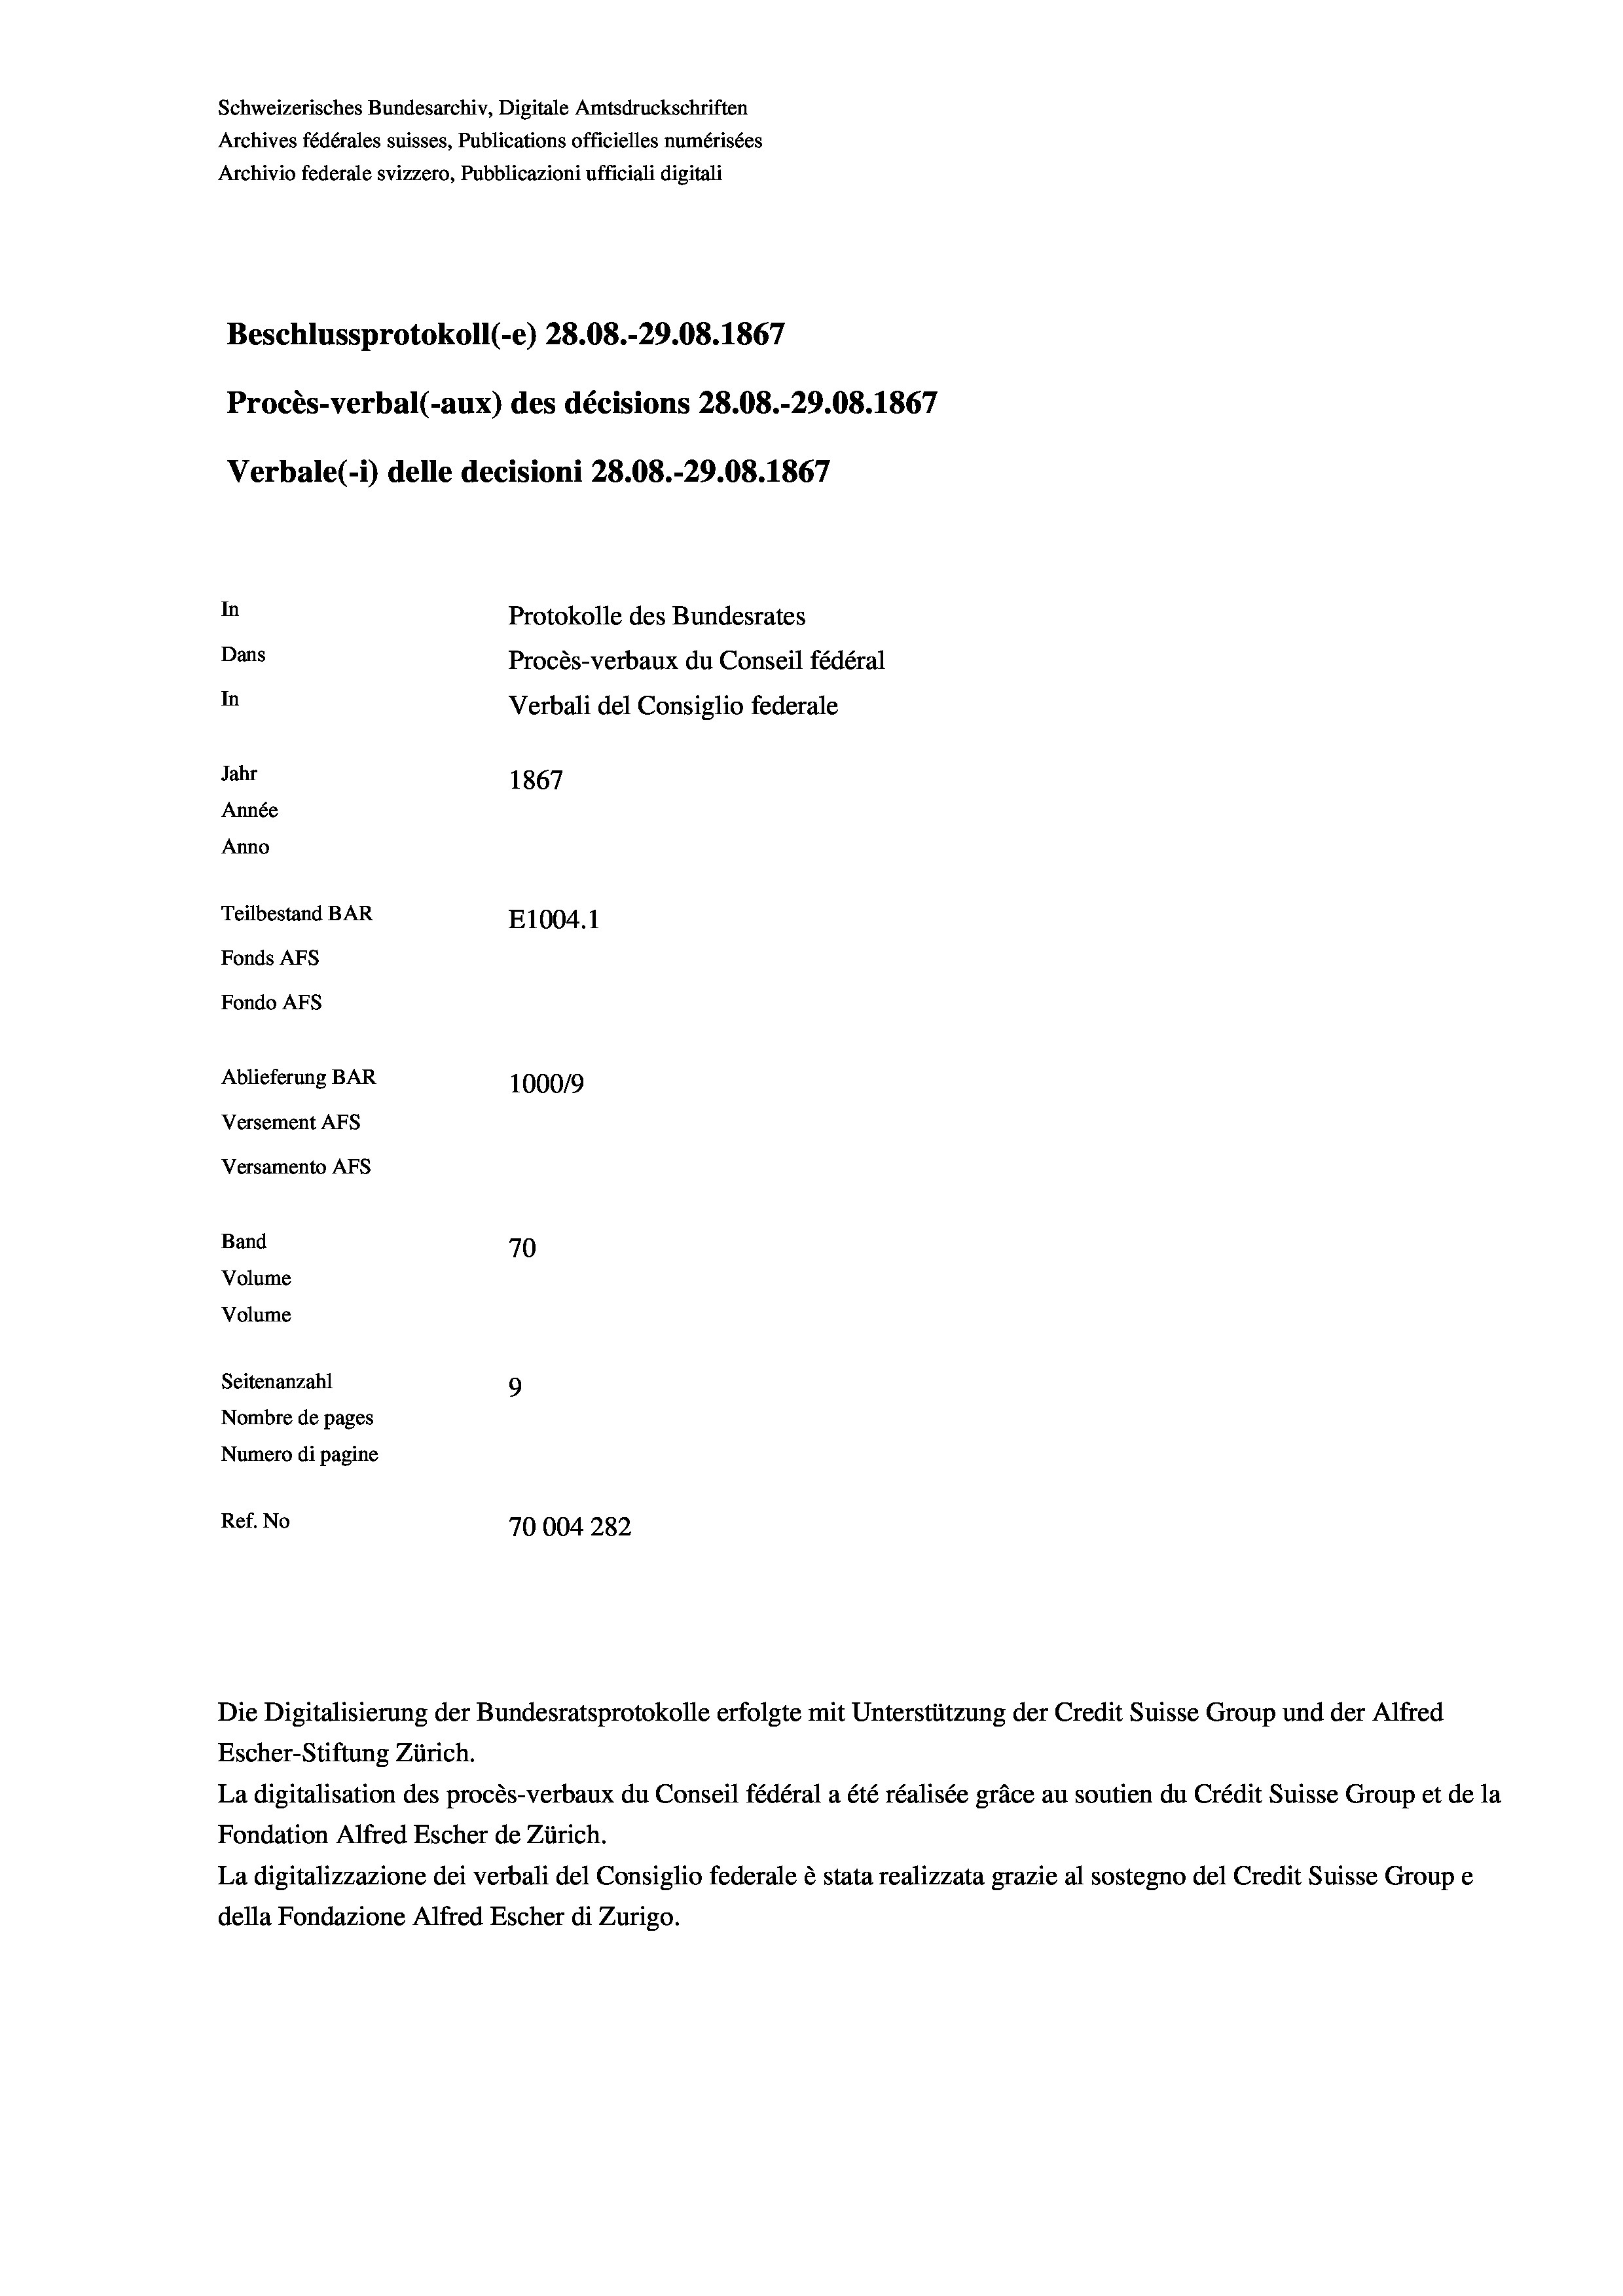
Schweizerisches Bundesarchiv, Digitale Amtsdruckschriften
Archives fédérales suisses, Publications officielles numérisées
Archivio federale svizzero, Pubblicazioni ufficiali digitali
Beschlussprotokoll (-e) 28.08.-29.08. 1867
Procès-verbal (-aux) des décisions 28.08.-29.08. 1867
Verbale (i) delle decisioni 28.08.-29.08. 1867
In
Protokolle des Bundesrates
Dans
Procès-verbaux du Conseil fédéral
In
Verbali del Consiglio federale
Jahr
1867
Année
Anno
Teilbestand BAR
E1004.1
Fonds AFs
Fondo AFs
Ablieferung BAR
100019
Versement AFs
Versamento AFs

70
9
Nombre de pages
Numero di pagine
Ref. No
70004 282

Band
Volume

Volume
Seitenanzahl

Escher-Stiftung Zürich.
La digitalisation des procès-verbaux du Conseil fédéral a été réalisée gräce au soutien du Crédit Suisse Group et de la
Fondation Alfred Escher de Zürich.
La digitalizzazione dei verbali del Consiglio federale è stata realizzata grazie al sostegno del Credit Suisse Groupe
della Fondazione Alfred Escher di Zurigo.

Die Digitalisierung der Bundesratsprotokolle erfolgte mit Unterstützung der Credit Suisse Group und der Alfred